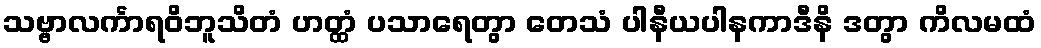
သဗ္ဗာလင်္ကာရဝိဘူသိတံ ဟတ္ထံ ပသာရေတွာ တေသံ ပါနီယပါနကာဒီနိ ဒတွာ ကိလမထံ